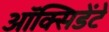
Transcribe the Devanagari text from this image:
ऑक्सिडेंटे